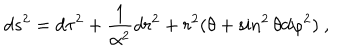
d s ^ { 2 } = d \tau ^ { 2 } + \frac { 1 } { \alpha ^ { 2 } } d r ^ { 2 } + r ^ { 2 } ( \theta + \sin ^ { 2 } \theta d \varphi ^ { 2 } ) \ ,